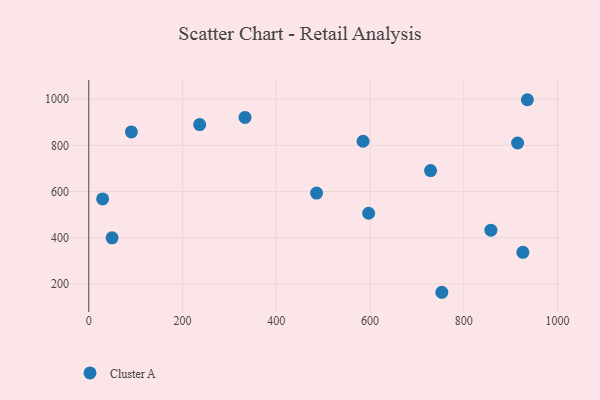
{"axis": {"x": "Investment", "y": "Exam Score"}, "legend": ["Cluster A"], "data": [{"x": "49.7", "y": 399.7, "type": "Cluster A"}, {"x": "90.8", "y": 858.2, "type": "Cluster A"}, {"x": "485.9", "y": 593.5, "type": "Cluster A"}, {"x": "935.6", "y": 997.6, "type": "Cluster A"}, {"x": "333.2", "y": 920.9, "type": "Cluster A"}, {"x": "597.0", "y": 505.9, "type": "Cluster A"}, {"x": "29.5", "y": 568.0, "type": "Cluster A"}, {"x": "857.8", "y": 432.8, "type": "Cluster A"}, {"x": "729.1", "y": 690.6, "type": "Cluster A"}, {"x": "585.1", "y": 817.7, "type": "Cluster A"}, {"x": "926.0", "y": 336.9, "type": "Cluster A"}, {"x": "914.8", "y": 810.3, "type": "Cluster A"}, {"x": "753.1", "y": 163.8, "type": "Cluster A"}, {"x": "236.5", "y": 890.1, "type": "Cluster A"}]}